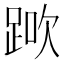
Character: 𨁰